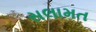
સલામત